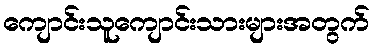
ကျောင်းသူကျောင်းသားများအတွက်